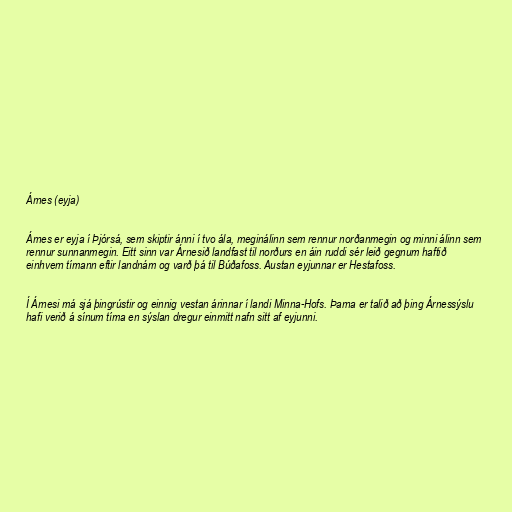
Árnes (eyja)

Árnes er eyja í Þjórsá, sem skiptir ánni í tvo ála, meginálinn sem rennur norðanmegin og minni álinn sem
rennur sunnanmegin. Eitt sinn var Árnesið landfast til norðurs en áin ruddi sér leið gegnum haftið
einhvern tímann eftir landnám og varð þá til Búðafoss. Austan eyjunnar er Hestafoss.

Í Árnesi má sjá þingrústir og einnig vestan árinnar í landi Minna-Hofs. Þarna er talið að þing Árnessýslu
hafi verið á sínum tíma en sýslan dregur einmitt nafn sitt af eyjunni.